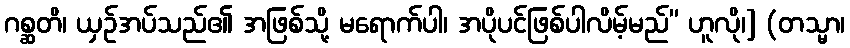
ဂစ္ဆတိ၊ ယှဉ်အပ်သည်၏ အဖြစ်သို့ မရောက်ပါ၊ အပိုပင်ဖြစ်ပါလိမ့်မည်” ဟူလို၊] (တသ္မာ၊